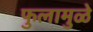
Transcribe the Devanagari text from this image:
फुलामुळे